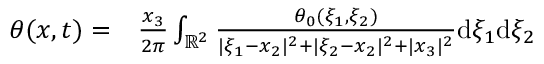
\begin{array} { r l } { \theta ( x , t ) = } & { { } \frac { x _ { 3 } } { 2 \pi } \int _ { \mathbb { R } ^ { 2 } } \frac { \theta _ { 0 } ( \xi _ { 1 } , \xi _ { 2 } ) } { | \xi _ { 1 } - x _ { 2 } | ^ { 2 } + | \xi _ { 2 } - x _ { 2 } | ^ { 2 } + | x _ { 3 } | ^ { 2 } } \mathrm { d } \xi _ { 1 } \mathrm { d } \xi _ { 2 } } \end{array}